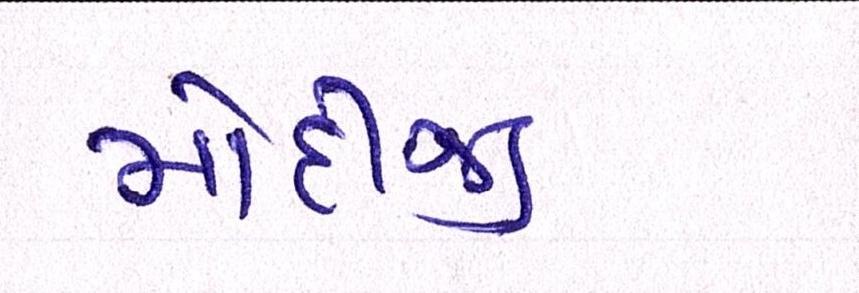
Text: મોદીજી